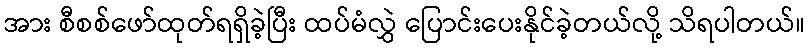
အား စီစစ်ဖော်ထုတ်ရရှိခဲ့ပြီး ထပ်မံလွှဲ ပြောင်းပေးနိုင်ခဲ့တယ်လို့ သိရပါတယ်။